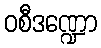
ဝစီဒဏ္ဍော